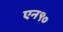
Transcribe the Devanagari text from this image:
एन९०